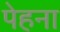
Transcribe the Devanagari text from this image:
पेहना